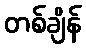
တစ်ချိန်